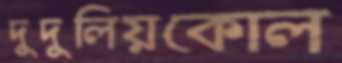
দুদুলিয়কোল